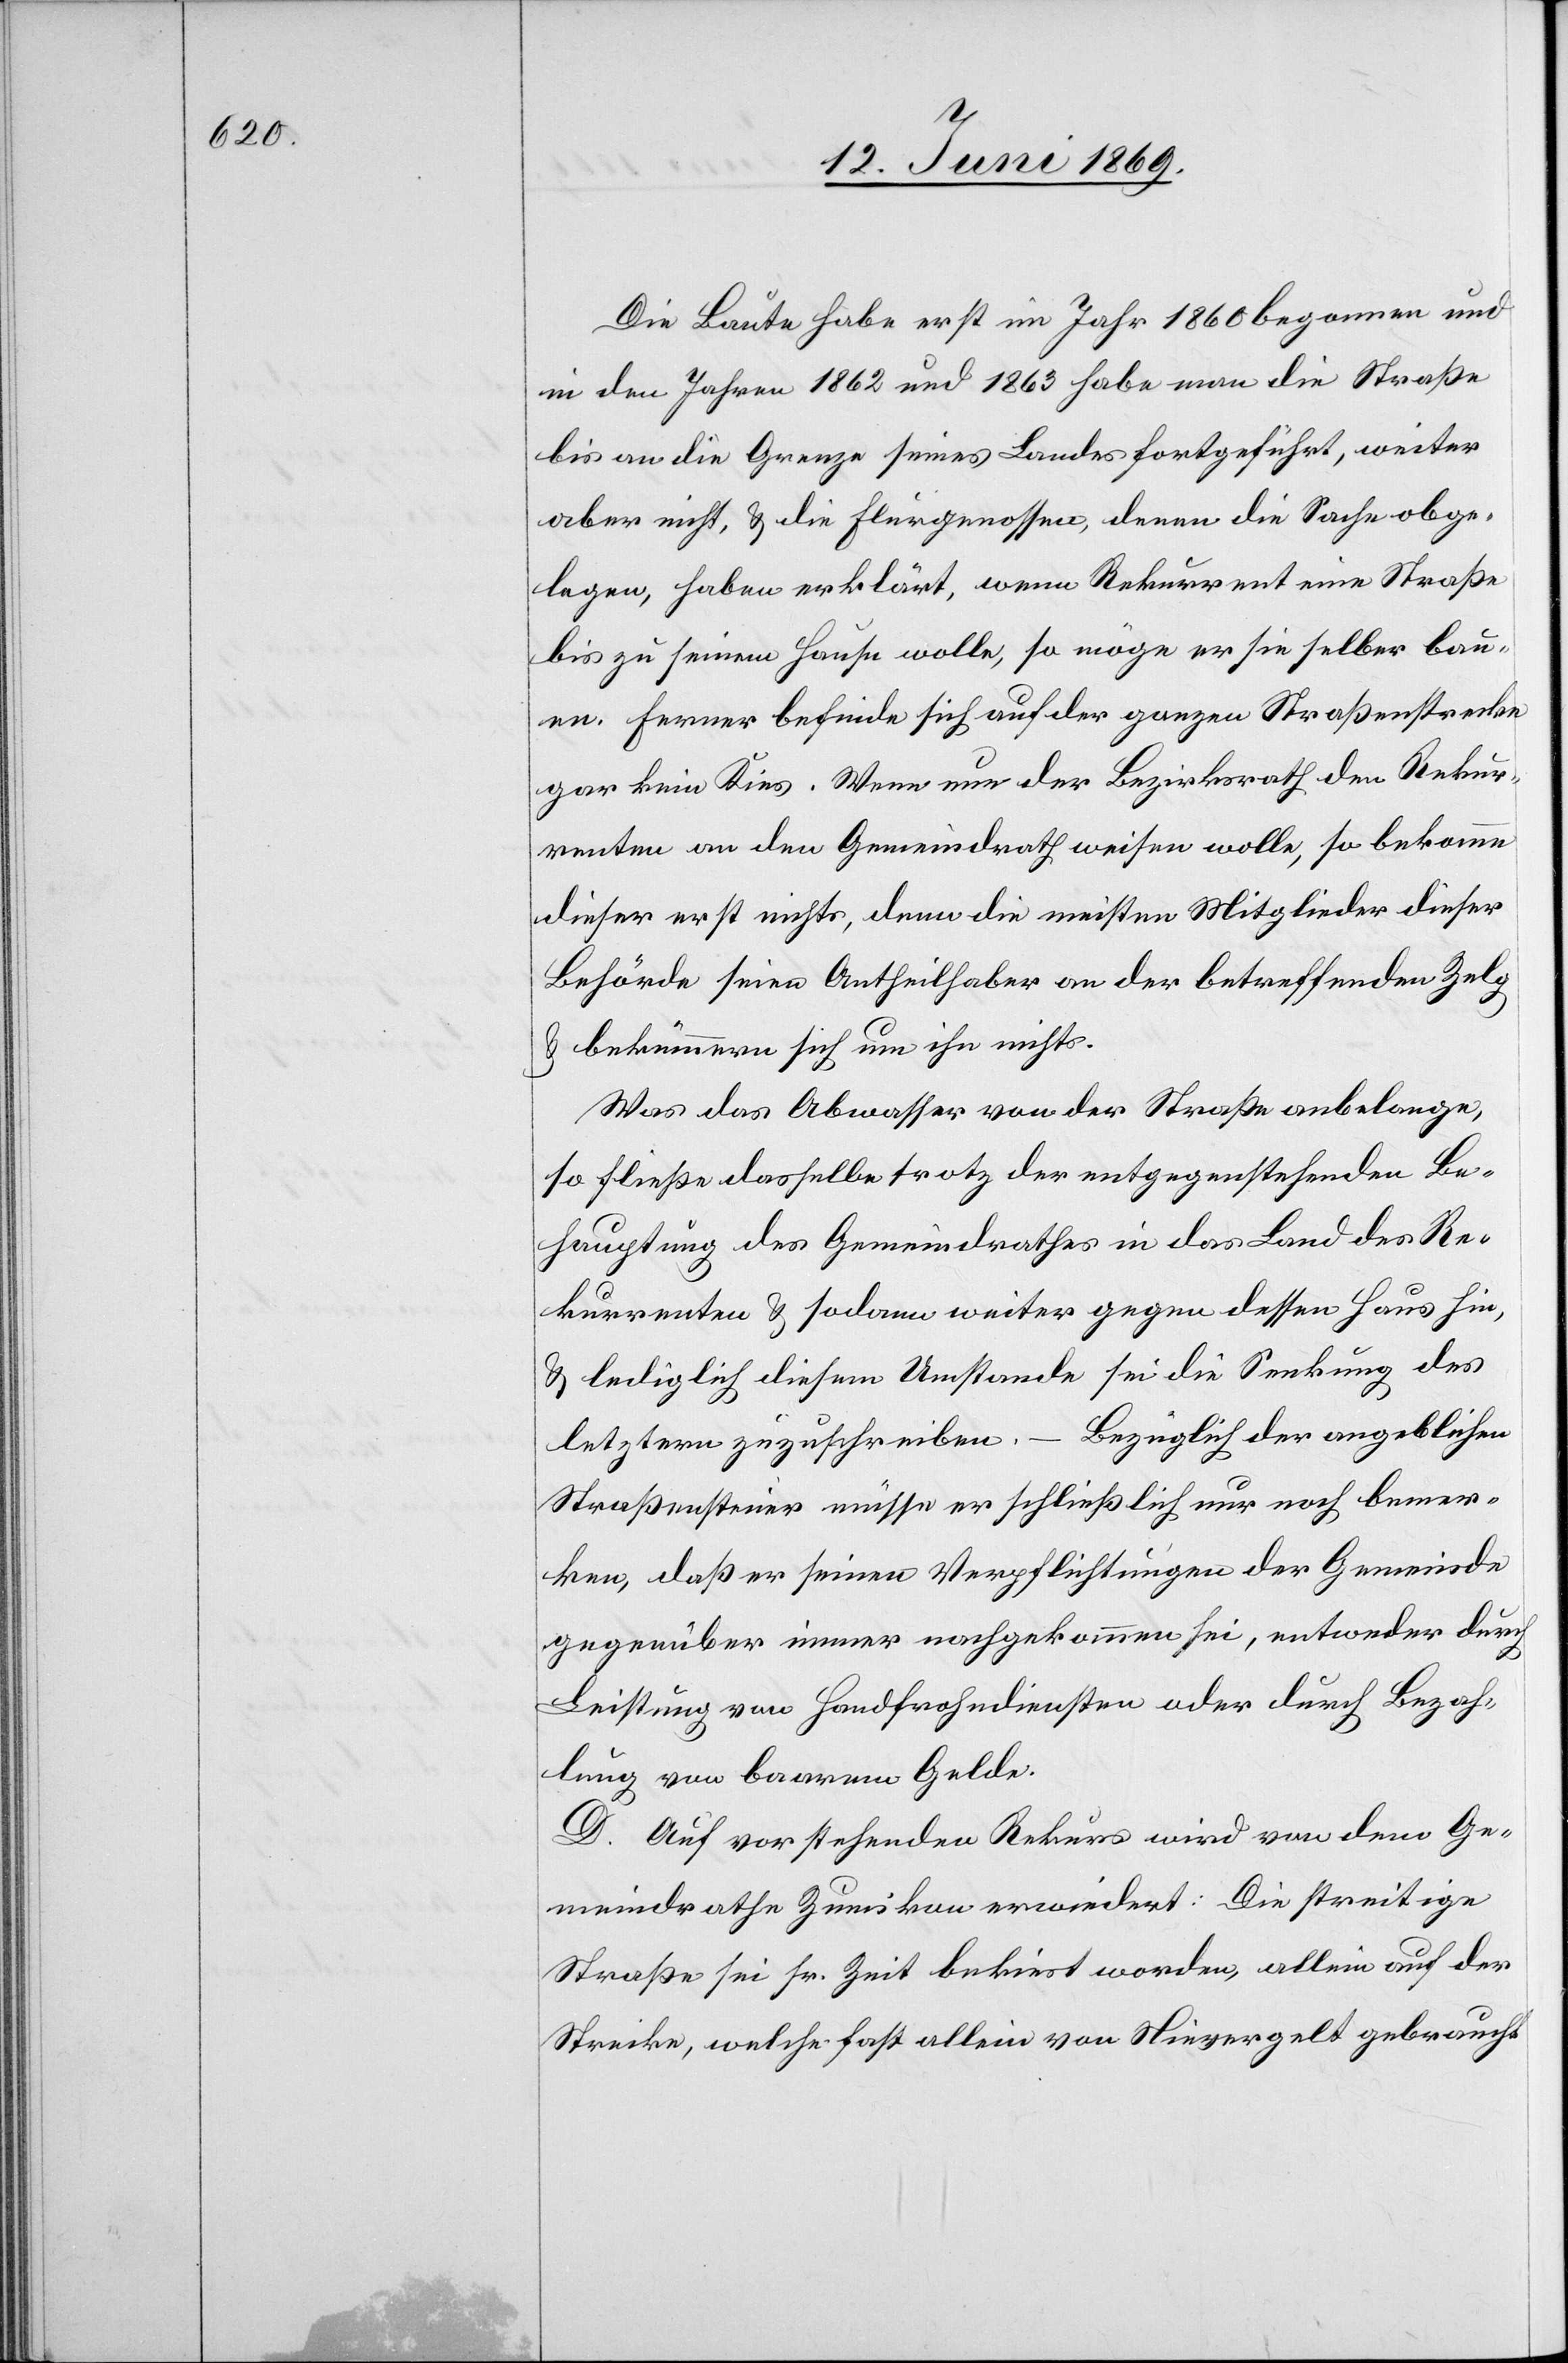
Die Baute habe erst im Jahr 1860 begonnen und
in den Jahren 1862 und 1863 habe man die Straße
bis an die Grenze seines Landes fortgeführt, weiter
aber nicht, u. die Flurgenossen, denen die Sache obge¬
legen, haben erklärt, wenn Rekurrent eine Straße
bis zu seinem Hause wolle, so möge er sie selber bau¬
en. Ferner befinde sich auf der ganzen Straßenstrecke
gar kein Kies. Wenn nun der Bezirksrath den Rekur¬
renten an den Gemeindrath weisen wolle, so bekomme
dieser erst nichts, denn die meisten Mitglieder dieser
Behörde seien Antheilhaber an der betreffenden Zelg
u. bekümmern sich um ihn nichts.
Was das Abwasser von der Straße anbelange,
so fließe dasselbe trotz der entgegenstehenden Be¬
hauptung des Gemeindrathes in das Land des Re¬
kurrenten u. sodann weiter gegen dessen Haus hin,
u. lediglich diesem Umstande sei die Senkung des
Bezüglich der angeblichen
letztern zuzuschreiben.
Straßensteuer müsse er schließlich nur noch bemer¬
ken, daß er seinen Verpflichtungen der Gemeinde
gegenüber immer nachgekommen sei, entweder durch
Leistung von Handfrohndiensten oder durch Bezah¬
lung von baarem Gelde.
D. Auf vorstehenden Rekurs wird von dem Ge¬
meindrathe Zumikon erwiedert: Die streitige
Straße sei sr. Zt. bekiest worden, allein auf der
Strecke, welche fast allein von Nievergelt gebraucht